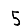
Digit: 5